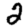
Digit: 2